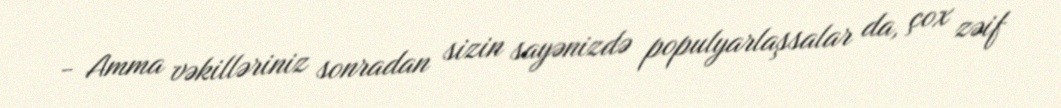
- Amma vəkilləriniz sonradan sizin sayənizdə populyarlaşsalar da, çox zəif